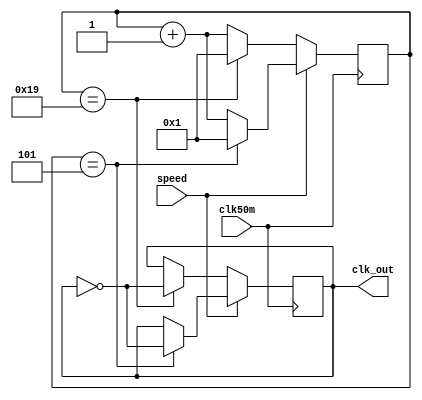
`timescale 1ns / 1ps
//////////////////////////////////////////////////////////////////////////////////
// Company: 
// Engineer: 
// 
// Design Name: 
// Module Name:    CK_DIV 
// Project Name: 
// Target Devices: 
// Tool versions: 
// Description: 
//
// Dependencies: 
//
// Revision: 
// Revision 0.01 - File Created
// Additional Comments: 
//
//////////////////////////////////////////////////////////////////////////////////
module CK_DIV(clk50m,clk_out,speed);
input clk50m , speed;
output reg clk_out;
reg [4:0] cnt;
initial 
	begin
		cnt <= 1; 
		clk_out <= 0;
	end
always @(posedge clk50m)
if (speed==0)
begin
   if (cnt==25)
       begin
       clk_out <=~clk_out;
	    cnt<=1;
	    end
    else 
       cnt<=cnt+1;
end
else if (speed==1)
begin 
   if (cnt==5)
       begin
       clk_out <=~clk_out;
	    cnt<=1;
	    end
       else 
      cnt<=cnt+1;
end

endmodule